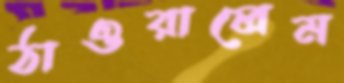
ঠাওরালেম